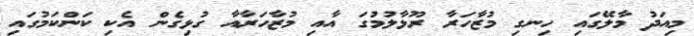
މިއަދު މާލޭގައި ހިނގި މުޒާހަރާ ރޫޅާލުމުގަ އާއި މުޒާހަރާއާ ގުޅިގެން އެކި ކަންކަމުގައި